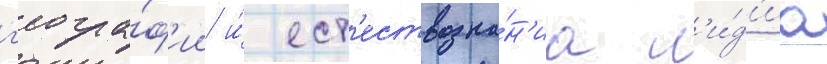
г'еогра́ф'ии и́ ест'ествозна́н'иа л'и́д'иа